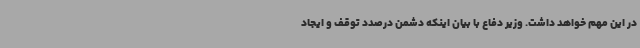
در این مهم خواهد داشت. وزیر دفاع با بیان اینکه دشمن درصدد توقف و ایجاد